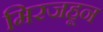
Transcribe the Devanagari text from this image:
मिरजहून